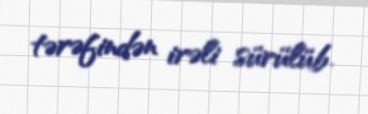
tərəfindən irəli sürülüb.